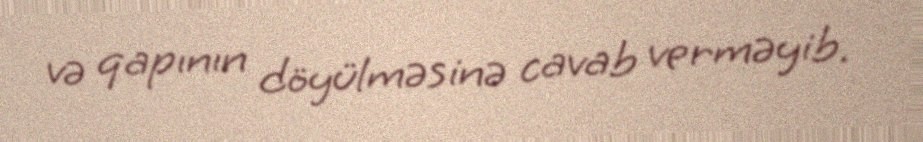
və qapının döyülməsinə cavab verməyib.